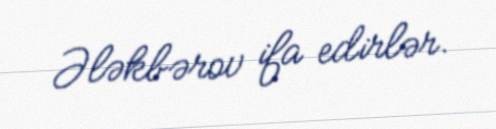
Ələkbərov ifa edirlər.